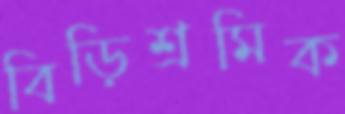
বিড়িশ্রমিক